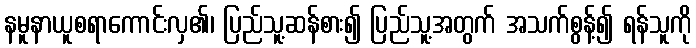
နမူနာယူစရာကောင်းလှ၏၊ ပြည်သူ့ဆန်စား၍ ပြည်သူ့အတွက် အသက်စွန့်၍ ရန်သူကို